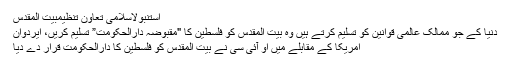
استنبولاسلامی تعاون تنظیمبیت المقدس
دنیا کے جو ممالک عالمی قوانین کو تسلیم کرتے ہیں وہ بیت المقدس کو فلسطین کا "مقبوضہ دارالحکومت” تسلیم کریں، ایردوان
امریکا کے مقابلے میں او آئی سی نے بیت المقدس کو فلسطین کا دارالحکومت قرار دے دیا